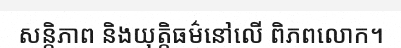
សន្តិភាព និងយុត្តិធម៌នៅលើ ពិភពលោក។